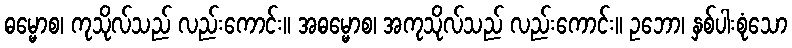
ဓမ္မောစ၊ ကုသိုလ်သည် လည်းကောင်း။ အဓမ္မောစ၊ အကုသိုလ်သည် လည်းကောင်း။ ဥဘော၊ နှစ်ပါးစုံသော